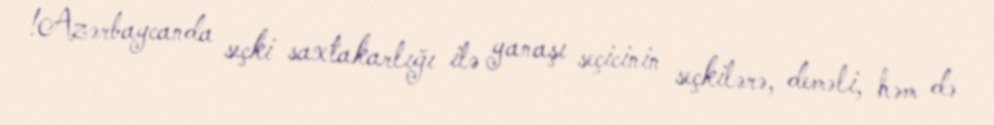
!Azərbaycanda seçki saxtakarlığı ilə yanaşı seçicinin seçkilərə, deməli, həm də